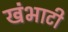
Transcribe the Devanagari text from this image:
खंभाटी